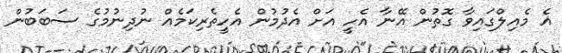
އެ މެއިލްގައިވާ ގޮތުން އޭނާ އެހީ އަށް އެދުމުން އެހީތެރިކަމެއް ނުދިނުމުގެ ސަބަބުން